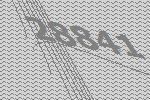
28841